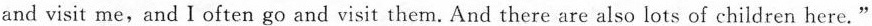
me,and Ioften go and visit them. And there are also lots of children here."